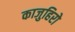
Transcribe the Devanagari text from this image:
काजुहिरो